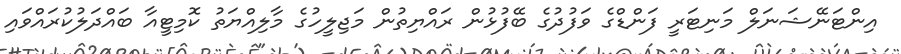
އިންޓަނޭޝަނަލް މަނިޓަރީ ފަންޑްގެ ވަފުދުގެ ބޭފުޅުން ރައްޔިތުން މަޖިލީހުގެ މާލިއްޔަތު ކޮމިޓީއާ ބައްދަލުކުރައްވައި